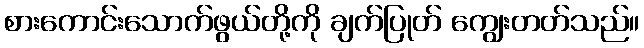
စားကောင်းသောက်ဖွယ်တို့ကို ချက်ပြုတ် ကျွေးတတ်သည်။